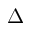
\Delta